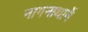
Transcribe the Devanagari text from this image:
नागनाथानें